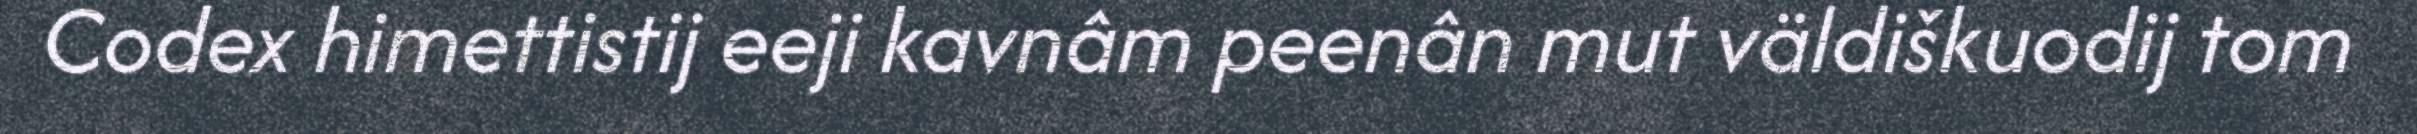
Codex himettistij eeji kavnâm peenân mut väldiškuodij tom